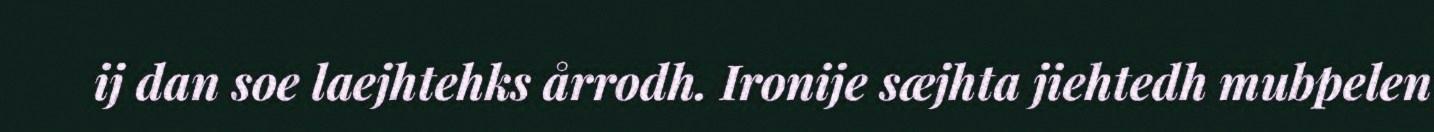
ij dan soe laejhtehks årrodh. Ironije sæjhta jiehtedh mubpelen